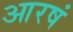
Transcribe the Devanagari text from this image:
आरषं